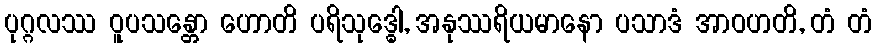
ပုဂ္ဂလဿ ဝူပသန္တော ဟောတိ ပရိသုဒ္ဓေါ, အနုဿရိယမာနော ပသာဒံ အာဝဟတိ, တံ တံ